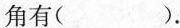
角有（）。